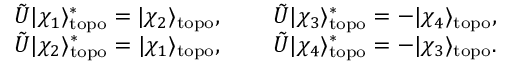
\begin{array} { r l r } { \tilde { U } | \chi _ { 1 } \rangle _ { \mathrm { t o p o } } ^ { * } = | \chi _ { 2 } \rangle _ { \mathrm { t o p o } } , } & { \ } & { \tilde { U } | \chi _ { 3 } \rangle _ { \mathrm { t o p o } } ^ { * } = - | \chi _ { 4 } \rangle _ { \mathrm { t o p o } } , } \\ { \tilde { U } | \chi _ { 2 } \rangle _ { \mathrm { t o p o } } ^ { * } = | \chi _ { 1 } \rangle _ { \mathrm { t o p o } } , } & { \ } & { \tilde { U } | \chi _ { 4 } \rangle _ { \mathrm { t o p o } } ^ { * } = - | \chi _ { 3 } \rangle _ { \mathrm { t o p o } } . } \end{array}